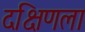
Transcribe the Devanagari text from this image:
दक्षिणला